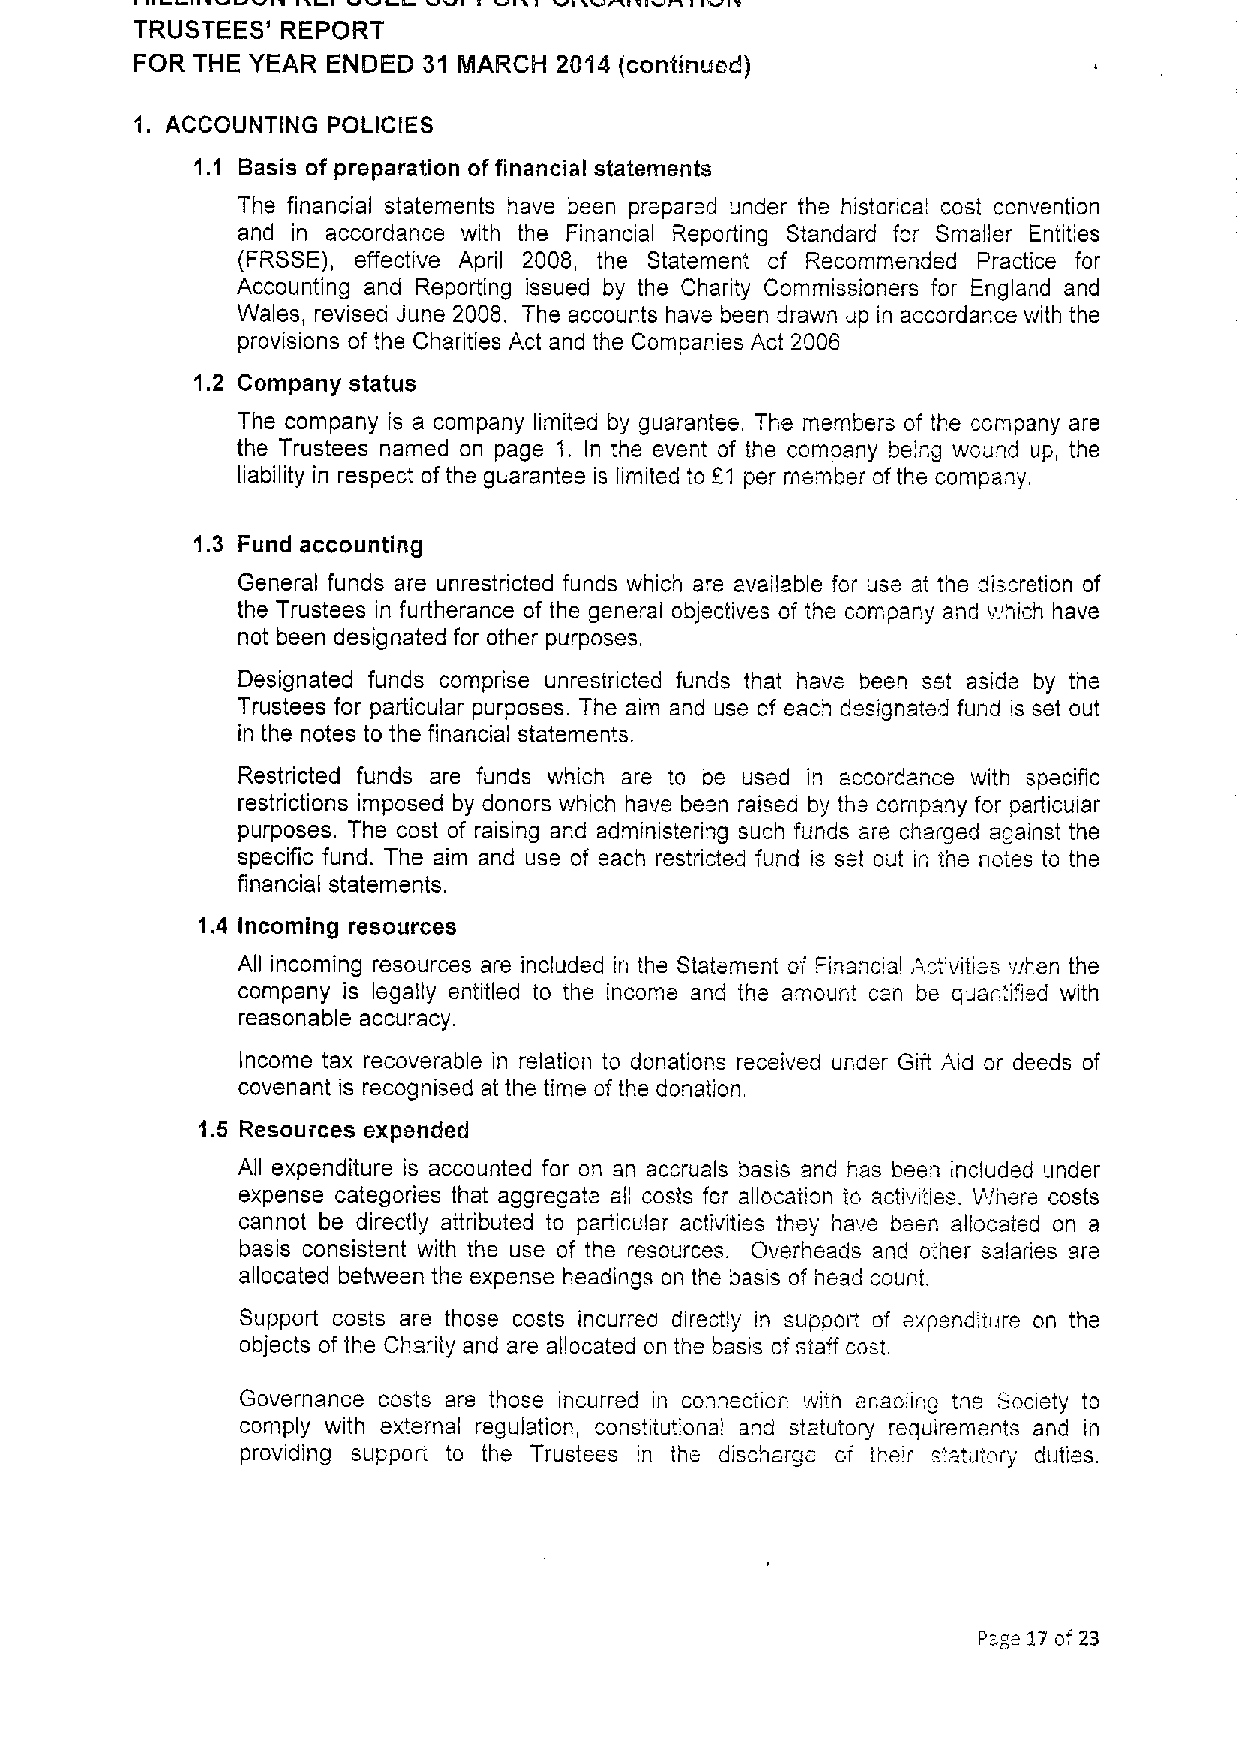
JI1 IXI I '4l'LJI II J'Ill 4 &II, I &I%&&ltltl&W I I&I 5
 TRUSTEES' REPORT
 FOR THE YEAR ENDED 31 MARCH 2014 (continued)
 1. ACCOUNTING POLICIES
 1. 1 Basis of preparation offinancial statements
 The financial statements have been prepared under the historical cost convention
 and in accordance with the Financial Reporting Standard for Smaller Entities
 (FRSSE), effective April 2008, the Statement of Recommended Practice for
 Accounting and Reporting issued by the Charity Commissioners for England and
 Wales, revised June 2008. The accounts have been drawn up in accordance with the
 provisions of the Charities Act and the Companies Act 2006
 1.2 Company status
 The company is a company limited by guarantee. The members of the company are
 the Trustees named on page 1. In the event of the company being wound up, the
 liability in respect ofthe guarantee is limited to c1 pei member ofthe company.
 1.3 Fund accounting
 General funds are unrestricted funds which are available for use at the discretion of
 the Trustees in furtherance of the general objectives of the compary and v.hich have
 not been designated for other purposes.
 Designated funds comprise unrestricted funds that have been set aside by the
 Trustees for particular purposes. The aim and use of each designated fund is set out
 in the notes to the financial statements.
 Restricted funds are funds which are to be used in accordance with specific
 restrictions imposed by donors which have been raised by the company for particular
 purposes. The cost of raising and administering such funds are charged against the
 specific fund. The aim and use ot each restricted fund is set out ir, the notes to the
 financial statements.
 1.4 Incoming resources
 All incoming resources are included in the Statement oi Financial Activities when the
 company is legally entitled to the income and the amount can be quan'. i'.ied with
 reasonable accuracy.
 Income tax recoverable in relation to donations received under Gift Aid or deeds of
 covenant is recognised at the time of the donation
 1.5 Resources expended
 All expenditure is accounted for on an accruals basis and has been included under
 expense categories that aggregate all costs for allocation to activities. Where costs
 cannot be directly attributed to particular activities they have been allocated on a
 basis consistent with the use of the resources. Overheads and other salaries are
 allocated between the expense headings on the basis of head count.
 Support costs are those costs incurred directly in suppoix of expenditure on the
 objects ofthe Charity and are allocated on the basis of staff cost.
 Governance costs are those incurred in connection wim enaoling the Society to
 comply with external regulation, constitutional and statutory requirements and in
 providing support to the Trustees in the discharge cf their s'.atutory duties.
 Psge17 of 23